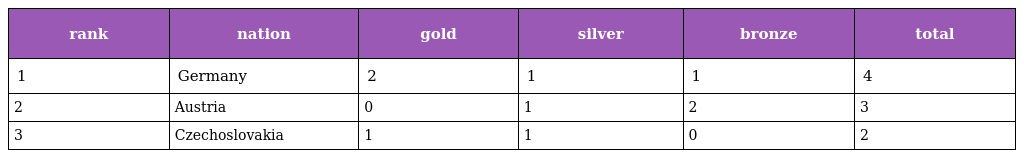
| rank | nation | gold | silver | bronze | total |
 | --- | --- | --- | --- | --- | --- |
 | 1 | Germany | 2 | 1 | 1 | 4 |
 | 2 | Austria | 0 | 1 | 2 | 3 |
 | 3 | Czechoslovakia | 1 | 1 | 0 | 2 |